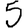
Digit: 5